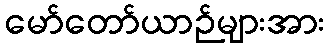
မော်တော်ယာဉ်များအား